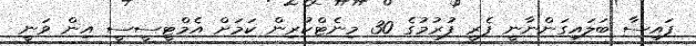
ފައިސާ ބަލައިގަންނާނީ ފެރީ ފުރުމުގެ 30 މިނެޓްކުރިން ކަމަށް އެމްޓީސީސީ އިން ވަނީ